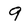
Character: 9